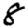
Digit: 8